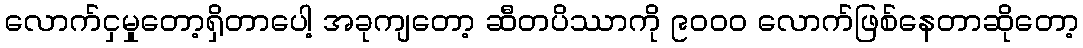
လောက်ငှမှုတော့ရှိတာပေါ့ အခုကျတော့ ဆီတပိဿာကို ၉၀၀၀ လောက်ဖြစ်နေတာဆိုတော့